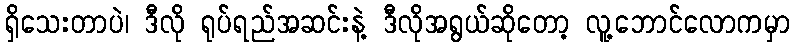
ရှိသေးတာပဲ၊ ဒီလို ရုပ်ရည်အဆင်းနဲ့ ဒီလိုအရွယ်ဆိုတော့ လူ့ဘောင်လောကမှာ